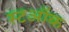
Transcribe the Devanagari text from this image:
स्टऑक